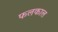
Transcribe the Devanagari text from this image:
फलकाल